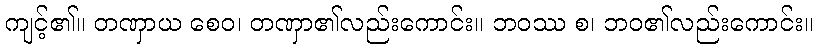
ကျင့်၏။ တဏှာယ စေဝ၊ တဏှာ၏လည်းကောင်း။ ဘဝဿ စ၊ ဘဝ၏လည်းကောင်း။